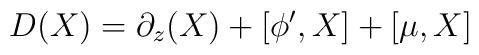
D(X)=\partial_z (X)+ [\phi^\prime ,X] +[\mu ,X]\nonumber